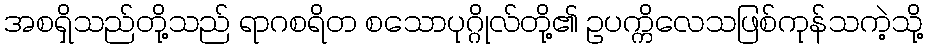
အစရှိသည်တို့သည် ရာဂစရိတ စသောပုဂ္ဂိုလ်တို့၏ ဥပက္ကိလေသဖြစ်ကုန်သကဲ့သို့